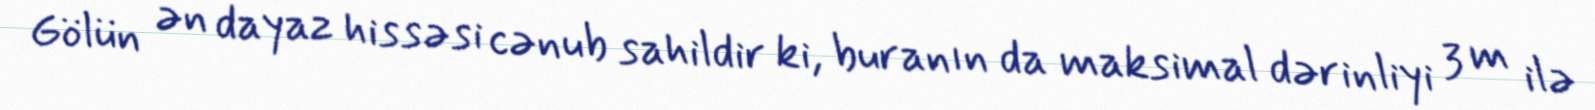
Gölün ən dayaz hissəsi cənub sahildir ki, buranın da maksimal dərinliyi 3 m ilə